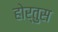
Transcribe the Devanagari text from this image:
होर्तुस